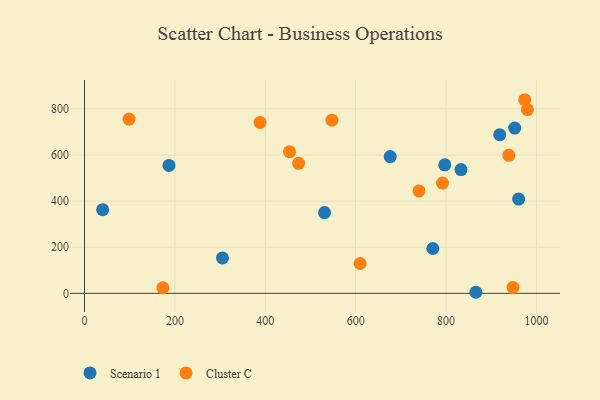
{"axis": {"x": "Experience", "y": "Fuel Efficiency"}, "legend": ["Cluster C", "Scenario 1"], "data": [{"x": "960.7", "y": 408.8, "type": "Scenario 1"}, {"x": "951.9", "y": 716.6, "type": "Scenario 1"}, {"x": "186.9", "y": 554.5, "type": "Scenario 1"}, {"x": "531.2", "y": 350.4, "type": "Scenario 1"}, {"x": "797.2", "y": 557.4, "type": "Scenario 1"}, {"x": "918.8", "y": 687.9, "type": "Scenario 1"}, {"x": "676.5", "y": 593.1, "type": "Scenario 1"}, {"x": "833.1", "y": 536.9, "type": "Scenario 1"}, {"x": "866.0", "y": 4.6, "type": "Scenario 1"}, {"x": "305.3", "y": 153.5, "type": "Scenario 1"}, {"x": "770.8", "y": 194.5, "type": "Scenario 1"}, {"x": "40.1", "y": 362.8, "type": "Scenario 1"}, {"x": "98.5", "y": 755.5, "type": "Cluster C"}, {"x": "609.9", "y": 129.3, "type": "Cluster C"}, {"x": "792.2", "y": 478.0, "type": "Cluster C"}, {"x": "453.6", "y": 614.3, "type": "Cluster C"}, {"x": "938.9", "y": 598.4, "type": "Cluster C"}, {"x": "740.2", "y": 444.3, "type": "Cluster C"}, {"x": "974.2", "y": 839.6, "type": "Cluster C"}, {"x": "948.2", "y": 25.7, "type": "Cluster C"}, {"x": "173.5", "y": 23.8, "type": "Cluster C"}, {"x": "547.5", "y": 750.9, "type": "Cluster C"}, {"x": "473.8", "y": 563.8, "type": "Cluster C"}, {"x": "980.0", "y": 796.7, "type": "Cluster C"}, {"x": "388.4", "y": 741.3, "type": "Cluster C"}]}